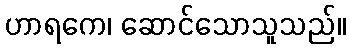
ဟာရကေ၊ ဆောင်သောသူသည်။